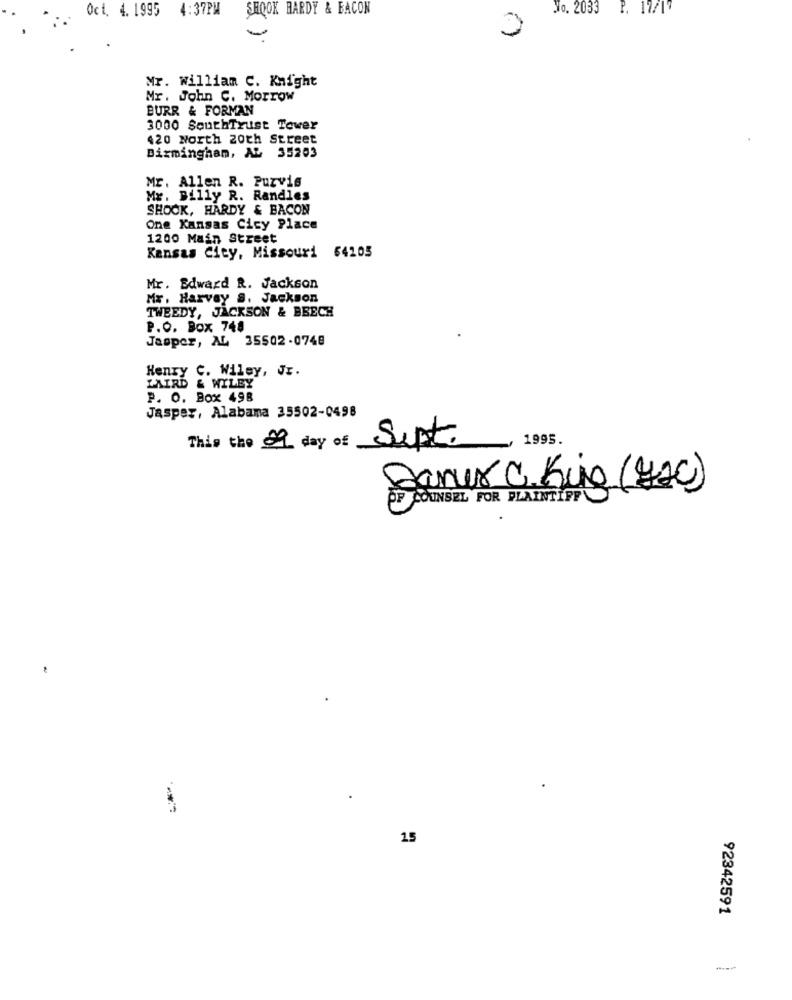
Oct. 4. 1995 4:37PM
SHOOK HARDY & BACON
No. 2033 P. 17/17
0
-
Mr. william C. Knight
Mr. John C. Morrow
BURR & FORMAN
3000 SouthTrust Tower
420 North 20th Street
Birmingham, AL 35203
Mr. Allen R. Purvis
Mr. Billy R. Randles
SHOOK, HARDY & BACON
One Kansas City Place
1200 Main Street
Kansas City, Missouri 64105
Mr. Edward R. Jackson
Mr. Harvey s. Jackson
TWEEDY, JACKSON & BEECH
P.O. Box 748
Jasper, AL 35502-0748
Henry C. Wiley, Jr.
LAIRD & WYLEY
P. O. Box 498
Jasper, Alabama 35502-0498
This the 99 day of Sept.
1995.
COUNSEL FOR PLAINTIFF
-*
15
92342591